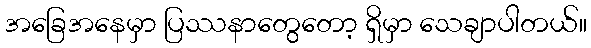
အခြေအနေမှာ ပြဿနာတွေတော့ ရှိမှာ သေချာပါတယ်။